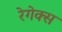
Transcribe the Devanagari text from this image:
रेगेक्स